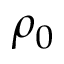
\rho _ { 0 }